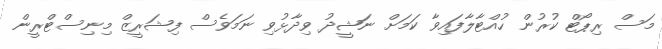
މަސް ރިޕޯޓް ކުރުން ހުއްޓާލާފައިވާ ކަމަށް ނަޝީދު ވިދާޅުވި ނަމަވެސް ފިޝަރީޒް މިނިސްޓްރީން